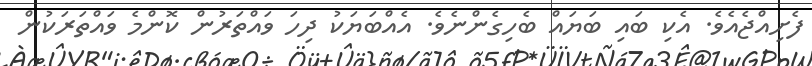
ފެށިއްޖެއެވެ. އެކި ބައި ބަޔައް ބެހިގެންނެވެ. އެއްބަޔަކު ދިހަ ވައްތަރުން ކޮންމެ ވައްތަރަކުން